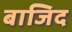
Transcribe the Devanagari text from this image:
बाजिद